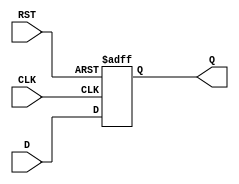
module d_flip_flop (
    input wire D,
    input wire CLK,
    input wire RST,
    output reg Q
);

always @(posedge CLK or posedge RST) begin
    if (RST) begin
        Q <= 1'b0;  // Predefined reset state
    end else begin
        Q <= D;
    end
end

endmodule